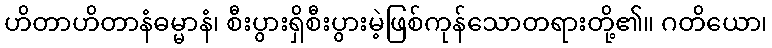
ဟိတာဟိတာနံဓမ္မာနံ၊ စီးပွားရှိစီးပွားမဲ့ဖြစ်ကုန်သောတရားတို့၏။ ဂတိယော၊